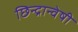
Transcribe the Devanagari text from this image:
छिन्‍द्रान्‍वेषी